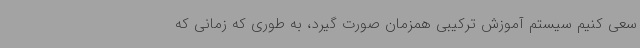
سعی کنیم سیستم آموزش ترکیبی همزمان صورت گیرد، به طوری که زمانی که